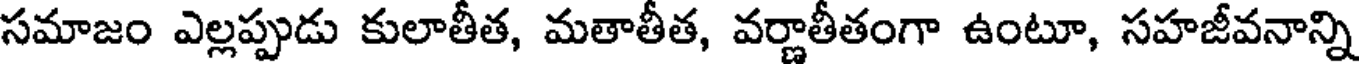
సమాజం ఎల్లప్పుడు కులాతీత, మతాతీత, వర్ణాతీతంగా ఉంటూ, సహజీవనాన్ని